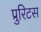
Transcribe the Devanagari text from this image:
प्रुरिटस